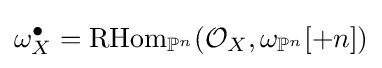
\omega _{X}^{\bullet }=\mathrm {RHom} _{\mathbb {P} ^{n}}({\mathcal {O}}_{X},\omega _{\mathbb {P} ^{n}}[+n])